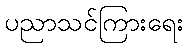
ပညာသင်ကြားရေး